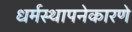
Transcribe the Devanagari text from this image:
धर्मस्थापनेकारणे